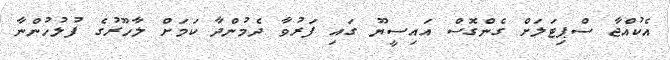
އެކުއްޖާ ސްޕިޓަލަށް ގެންގޮސް އައިސީޔޫ ގައި ފަރުވާ ދެމުންދާ ކަމަށް ލާހޫރުގެ ފުލުހުންނާ